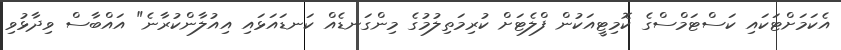
އެކަމަށްޓަކައި ކަސްޓަމްސްގެ ކޮމިޓީއަކުން ފްލެޓަށް ކުރިމަތިލުމުގެ މިންގަނޑެއް ކަނޑައަޅައި އިއުލާންކުރާނެ" އައްބާސް ވިދާޅުވި